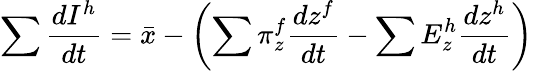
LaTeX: \sum{\frac{dI^{h}}{dt}}={\bar{x}}-\left(\sum\pi_{z}^{f}{\frac{dz^{f}}{dt}}-\sum E_{z}^{h}{\frac{dz^{h}}{dt}}\right)